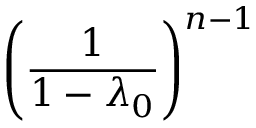
\left( { \frac { 1 } { 1 - \lambda _ { 0 } } } \right) ^ { n - 1 }